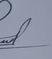
Signature authenticity: genuine